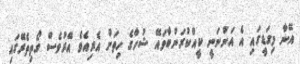
އޭނާ މިގަޑީގައި އެ އަންނަނީ ކީއްކުރަންބާވައޭ ޝުހާގެ ހިތަށް އެރިއެވެ އޭރުވެސް ގޯތިތެރޭގައި